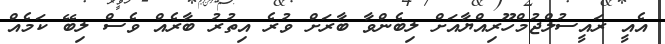
އެއީ ރައީސުލްޖުމްހޫރިއްޔާއަށް ލިބެންވާ ބާރަށް ވުރެ އިތުރު ބާރެއް ވެސް ލިބޭ ކަމެއް